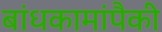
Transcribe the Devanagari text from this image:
बांधकामांपैकी